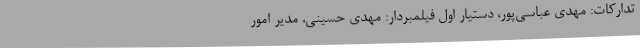
تدارکات: مهدی عباسی‌پور، دستیار اول فیلمبردار: مهدی حسینی، مدیر امور